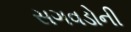
સગવડોની